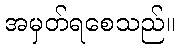
အမှတ်ရစေသည်။